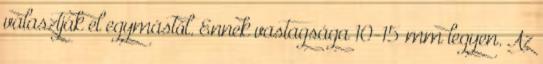
választják el egymástól. Ennek vastagsága 10-15 mm legyen. Az